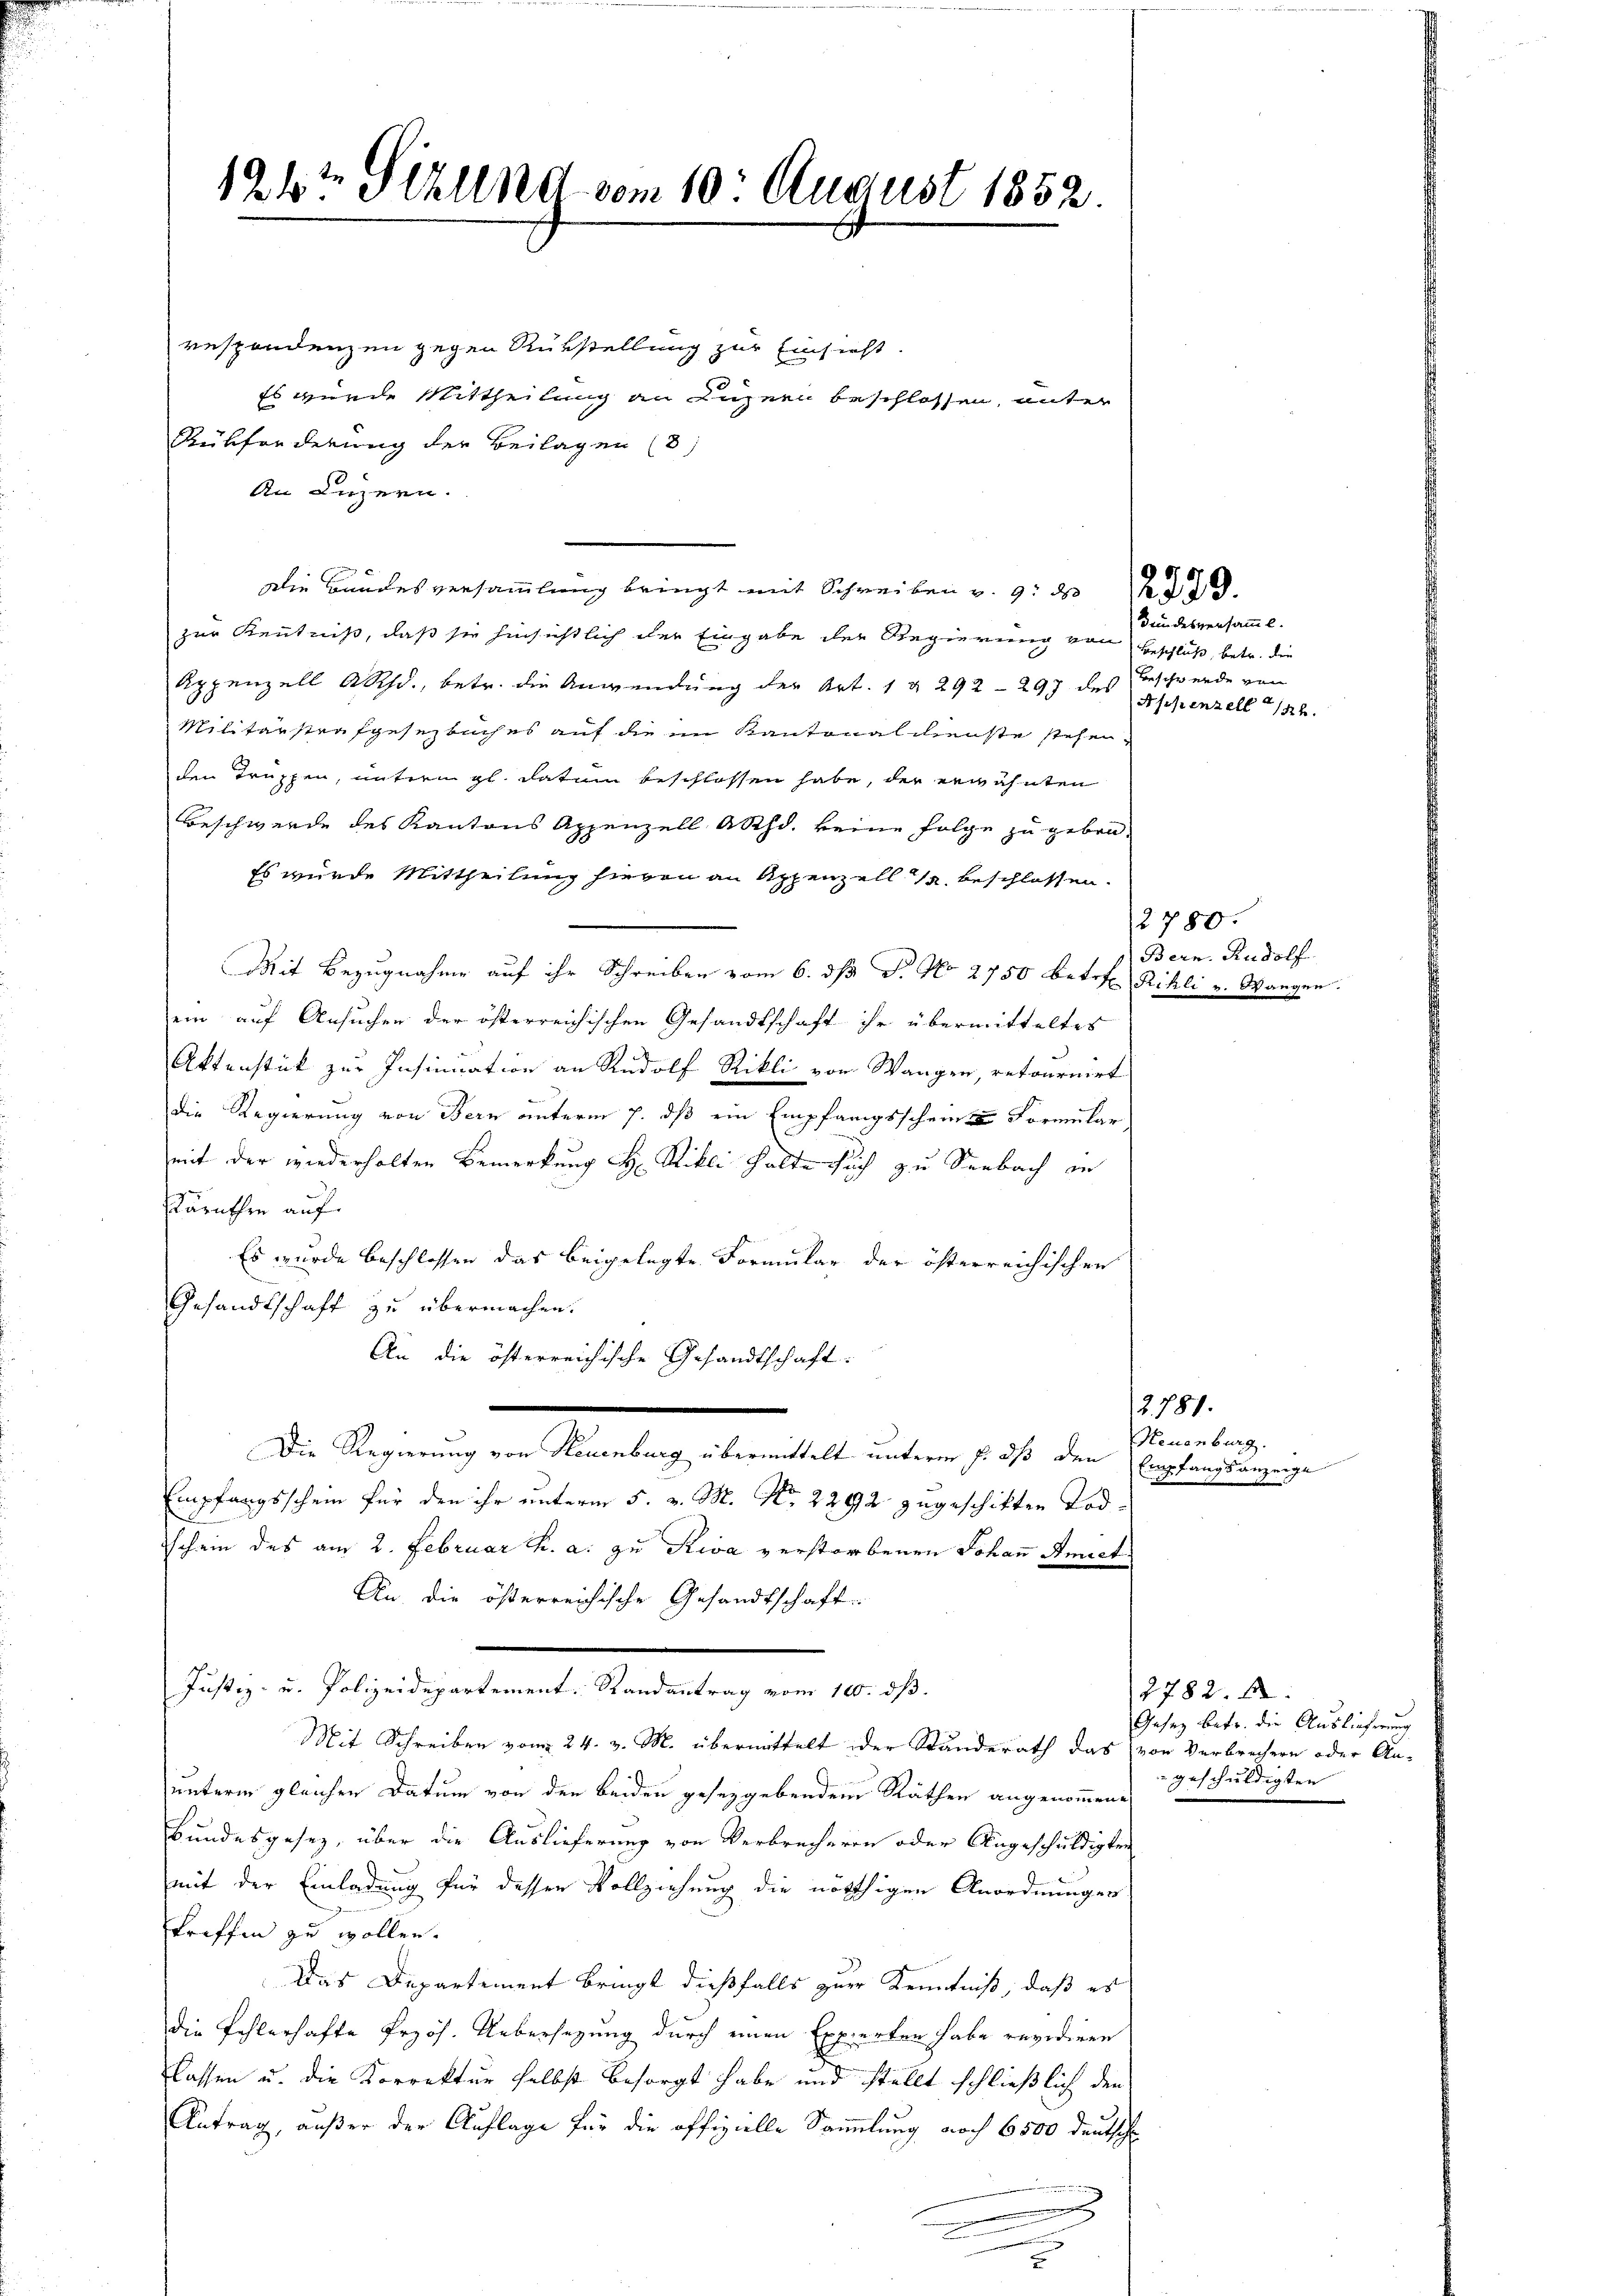
194½ Sizlend vom 10. August 1852.

respondenzen gegen Rükstellung zur Einsicht.
80
Es wurde Mittheilung an Luzern beschlossen, unter
Rükforderung der Beilagen (8
An Luzern.
Die Bandesversammlung bringt mit Schreiben v. 9. d.
zur Kenntniß, daß sie hinsichtlich der Eingabe der Regierung von Beschluß, betr. die
Appenzell A.Rh., betr. die Anwendung der Art. 1 § 292 -297 des Appenzell 1824.
Militärstrafgesezliches auf die im Kantonalchenste stehen
den Truppen, unterm gl. datum beschlossen habe, der erwähnten
Beschwerde des Kantons Appenzell Akhd. keine Folge zu geben.
Es wurde Mittheilung hievon an Appenzell a. beschlossen.
Mit Bezugnahme auf ihr Schreiben vom 6. dβ J. No. 2750 betref Rihli v. Wangen.
ein auf Ansuchen der österreichischen Gesandtschaft ihr übermitteltes
Aktenstück zur Insinuation an Rudolf Rikli von Wangen, retournirt
die Regierung von Bern unterm 7. dß ein Empfangsscheine Formular
mit der wiederholten Bemerkung H: Rikli halte sich zu Seebach in
Kärnthen auf
Es wurde beschlossen das beigelegte Formular der österreichischen
Gesandtschaft zu übermachen.
An die österreichische Gesandtschaft:
Die Regierung von Neuenburg übermittelt unterm 7. dß den Empfangsanzeige
Empfangsschein für den ihr unterm 5. v. M. Nr. 2292 zugeschikten Todschein des am 2. Februar h. a. zu Riva verstorbenen Johann Amiet
An die österreichische Gesandtschaft.
aesen d. J. zu gestamente Abendenten in der
Mit Schreiben vom 24. v. M. übermittelt der Standerath das von Verbrechern oder An-
unterm gleichen Datum von den beiden gesezgebendem Räthen angenommene
Bundesgesez, über die Auslieferung von Verbrecheren oder Angeschuldigten
mit der Einladung für dessen Vollziehung die nöthigen Anordnungen
treffen zu wollen.
Das Departement bringt dießfalls zur Kenntniß, daß es
die Fehlerhafte Przös. Uebersezung durch einen Experten habe revidiren
lassen u. die Korrektur selbst besorgt habe und stellt schließlich den
Antrag, außer der Auflage für die offizielle Sammlung noch 6500 deutsch
.

Bundesversamml.
Beschwerde von

2780.
Bern. Rudolf

2781.
Neuenburg.

2782. f
Gesez betr. die Auslieferung
 geschuldigten